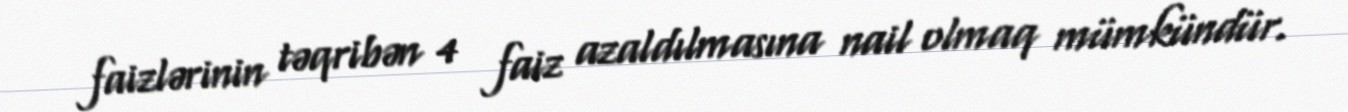
faizlərinin təqribən 4 faiz azaldılmasına nail olmaq mümkündür.